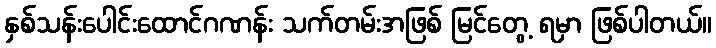
နှစ်သန်းပေါင်းထောင်ဂဏန်း သက်တမ်းအဖြစ် မြင်တွေ့ ရမှာ ဖြစ်ပါတယ်။